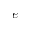
e